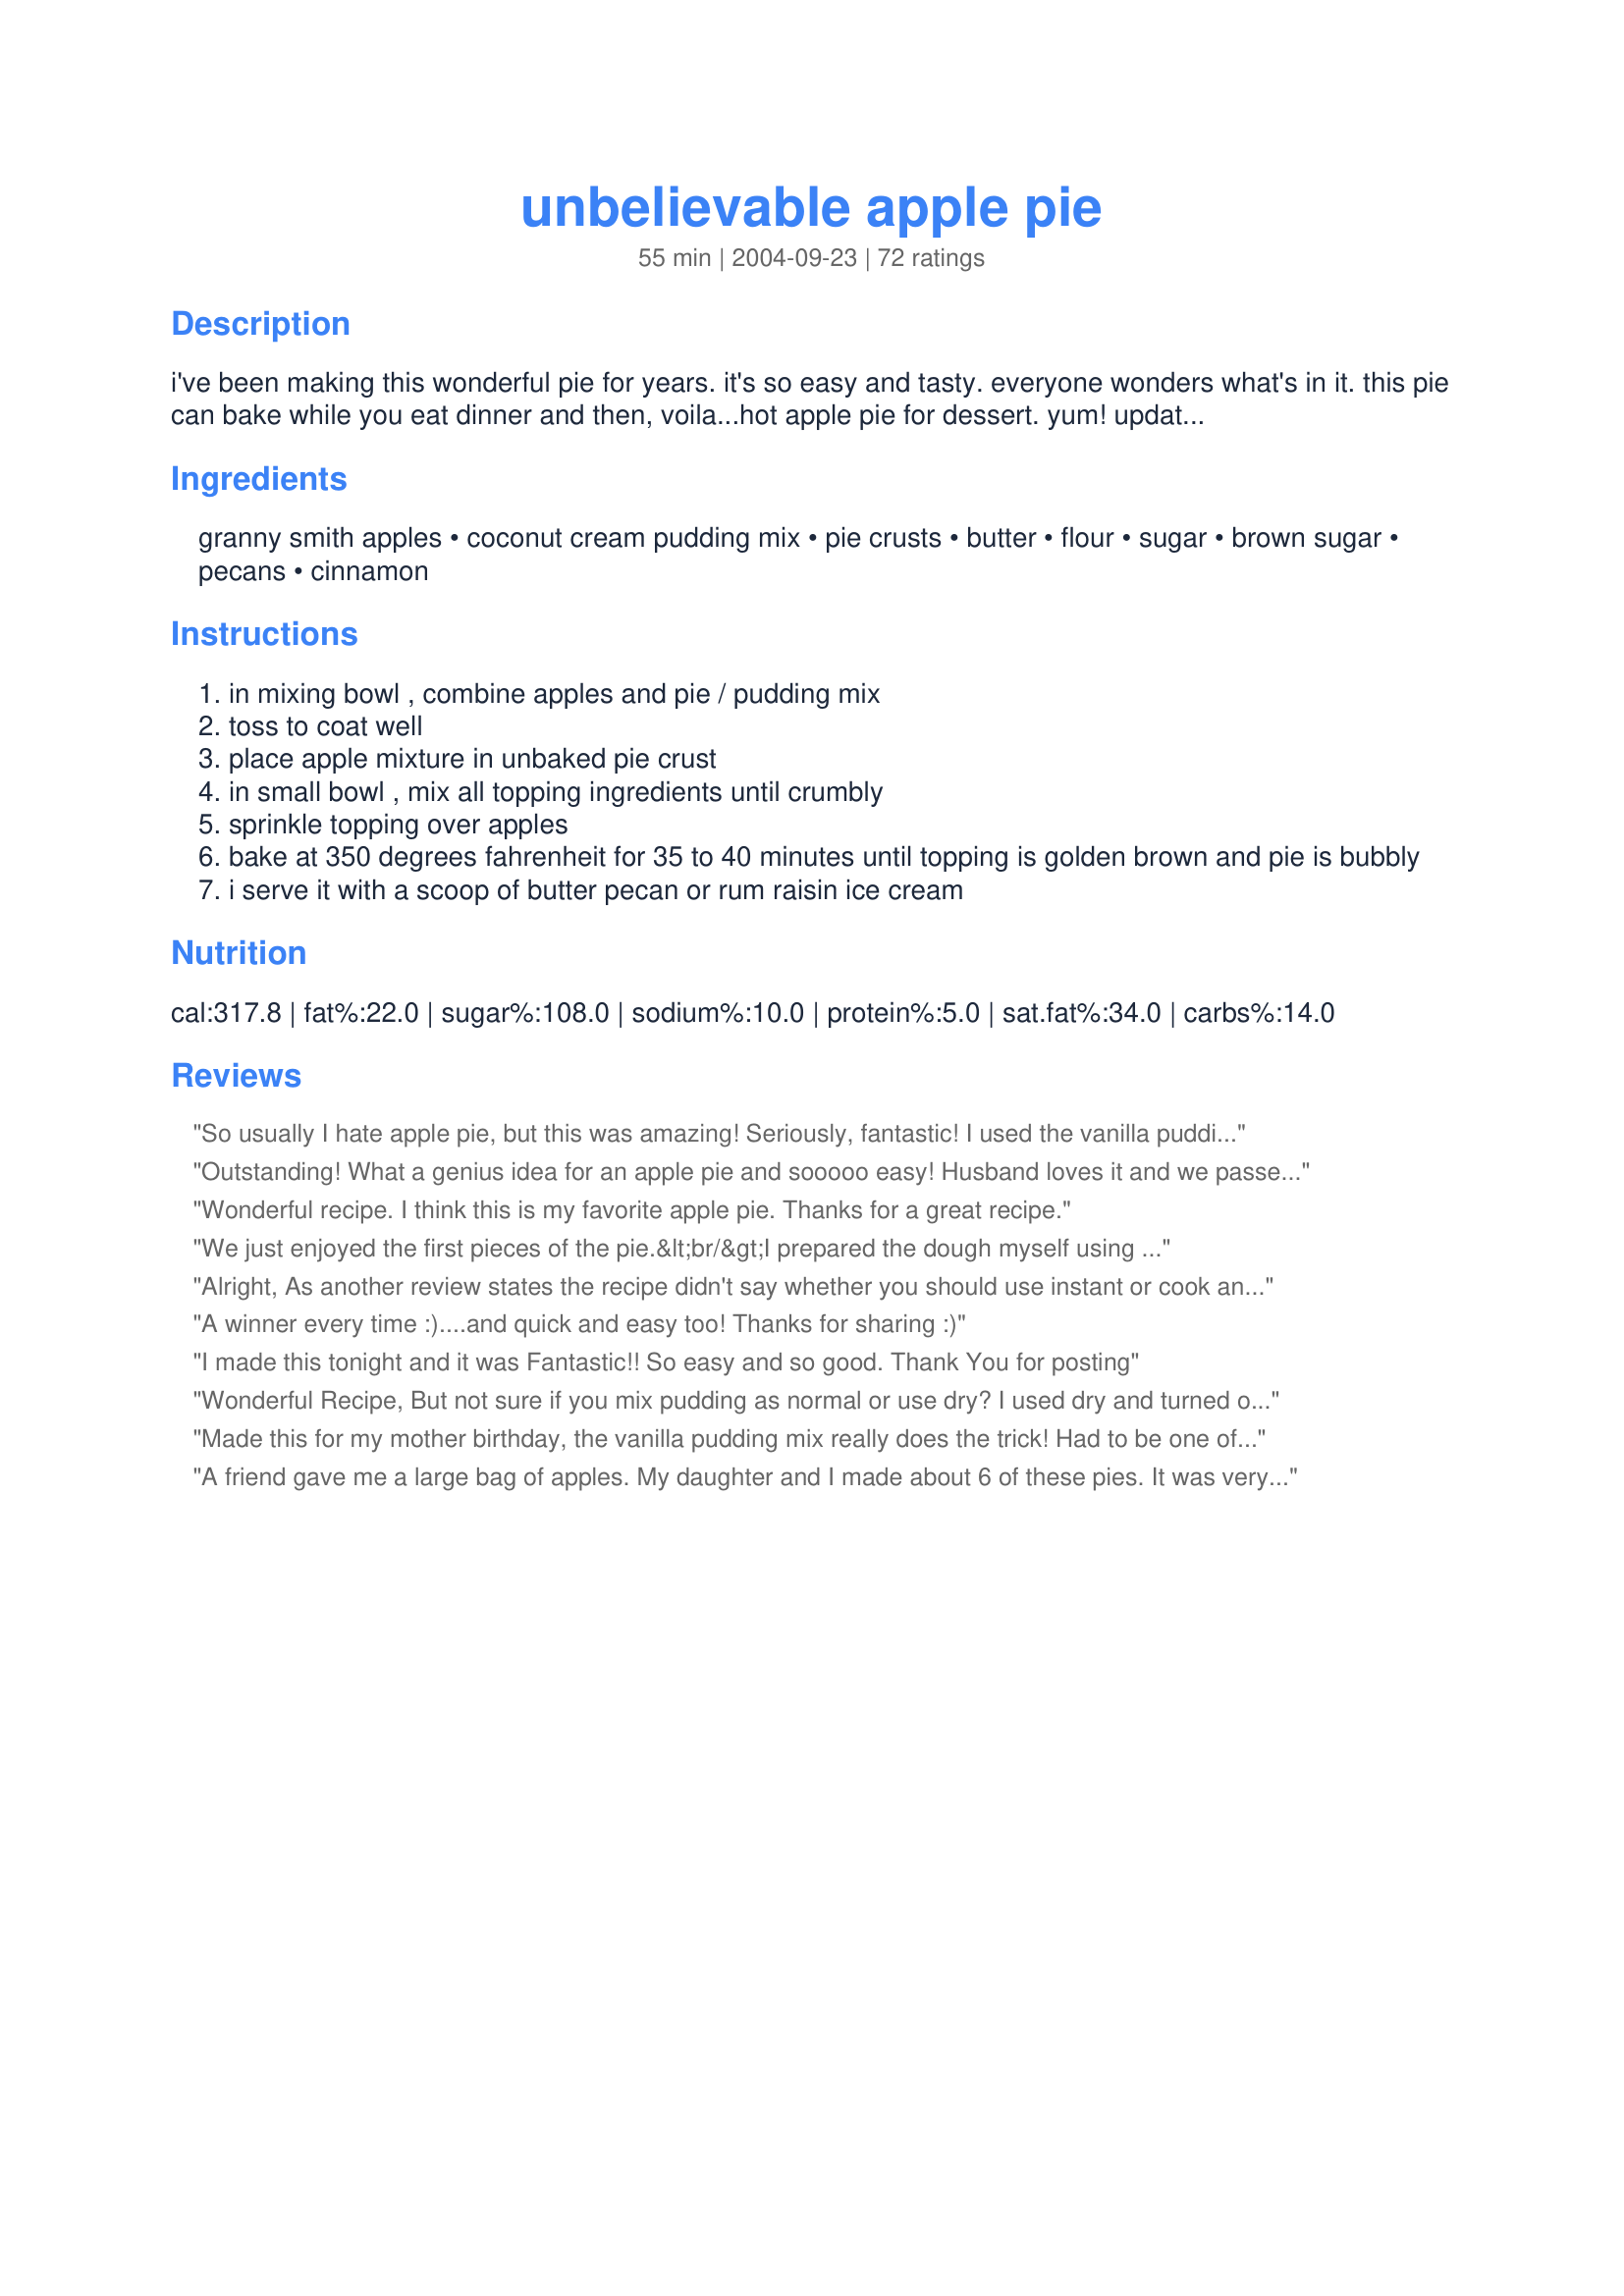
unbelievable apple pie
Preparation time: 55 minutes

i've been making this wonderful pie for years. it's so easy and tasty. everyone wonders what's in it. this pie can bake while you eat dinner and then, voila...hot apple pie for dessert. yum!
update: i've been asked if instant pudding mix is ok--yes! when the recipe was published there was no instant; tried the instant in it--works fine! lol

Ingredients:
granny smith apples, coconut cream pudding mix, pie crusts, butter, flour, sugar, brown sugar, pecans, cinnamon

Steps:
in mixing bowl , combine apples and pie / pudding mix
toss to coat well
place apple mixture in unbaked pie crust
in small bowl , mix all topping ingredients until crumbly
sprinkle topping over apples
bake at 350 degrees fahrenheit for 35 to 40 minutes until topping is golden brown and pie is bubbly
i serve it with a scoop of butter pecan or rum raisin ice cream

Reviews:
So usually I hate apple pie, but this was amazing! Seriously, fantastic! I used the vanilla pudding and butter pecan ice cream-SO GOOD! My darling man loved it too!
Outstanding! What a genius idea for an apple pie and sooooo easy! Husband loves it and we passed recipe on to all of our family and friends. Thanks so much!
Wonderful recipe. I think this is my favorite apple pie. Thanks for a great recipe.
We just enjoyed the first pieces of the pie.&lt;br/&gt;I prepared the dough myself using half spelt and half wheat flour. The apples where from the garden and I had some vanilla pudding mix to use. I arranged the coated apples like tart and topped with the crumble enriched with walnuts. &lt;br/&gt;This was really a good apple pie, crunchy outside and fresh in the center.&lt;br/&gt;Thanks a lot for this delicious tart!
Alright, As another review states the recipe didn't say whether you should use instant or cook and serve pudding, so my mother and I tried it both ways. I used an instant butterscotch and my mother used a cook and serve vanilla pudding. Both turned out just fine. The cook and server version did make the pie more solid, where the instant was a bit loose. I added a bit of oats to my topping mix, for some added texture. 

I also used the pudding mix in an apple crisp recipe with great results. The butterscotch gave the apples a caramel taste. 

All in all this recipe was great. Thanks for posting a keeper with endless possiblities. Thanks
A winner every time :)....and quick and easy too! Thanks for sharing :)
I made this tonight and it was Fantastic!! So easy and so good. Thank You for posting
Wonderful Recipe, But not sure if you mix pudding as normal or use dry? I used dry and turned out ok but just wondering if I did it correct or do you mix pudding with milk on box? Or use dry over the apples not mixed up??? Very Confused> ?? Thanks, Nick
Made this for my mother birthday, the vanilla pudding mix really does the trick! Had to be one of the best apple pies I have made.
A friend gave me a large bag of apples. My daughter and I made about 6 of these pies. It was very easy to follow and very good. The coloring looks a little odd but the taste is great. I tried regular vanilla and french vanilla pudding and thought the french vanilla pudding tasted better. Great recipe for kids to follow.
I tried it and it didn&#039;t work out good it was very off. When it came out of the oven it look not very appetizing. It was for fathers day I should have made pecan pie I wish it would have worked out better. :(
What's not to like. It is easy to make and the variety of contents is unlimited. Gave one to our very dear neighbors and within an hour she was begging for the recipe. You are a talented Lady.
I was disappointed in this pie - it was very dry. maybe a different apple
Used cook and serve Butterscotch for the Carmel flavor as many reviews wanted to try. My apples I sliced and froze in apple pie spices/sugar so they were already yummy but wanted to try adding the box of dry pudding mix to see what happened. Plus several reviews suggested adding cinnamon so I thought with all that sugar it has to be good! One friend who doesn&#039;t like pie even liked it. I will keep as a recipe to switch things up.
This apple pie is the easiest to make, KC Cooker is right it is between an apple crisp and cobbler. I prepared two of these pies well in advance, for Sunday night dinner dessert, using French vanilla pudding mix, and served them with vanilla icecream, I had rave reviews from everybody! This is a fantastic apple pie recipe, and one that will be a repeater for sure, thanks so much for sharing this recipe Caroline!...Kitten:)
This was tasty. Mine was a bit runny however, but that could be because I used gala apples instead of granny smiths. The crumb topping was really good!
this was just ok for me. thought the pudding made it a little wierd, definitely nothing like a classic apple pie if that's what you're looking for.. probably won't make it again.
Super easy and very good. Made with apples, butterscotch (sugar-free) pudding mix. Made with no pie crust! like a very tasty apple crisp. Replaced the white sugar with Splenda but kept the brown sugar for flavor.
Great pie and so easy to make! I used Recipe #51537 for the crust and followed the directions to the pie exactly. By reading the reviews, I guess I was lucky to find the coconut cream pudding mix in my store. I think I will buy several boxes next time I'm at the store, just to have them on hand for this pie. Thanks Caroline Cooks for a great pie recipe!
I would give this "umteen stars!! :-) It is without a doubt the best apple pie ever. I usedit in one of my cooking classes. (Continuing Ed. for Senior at the university here)They all went wild over this pie. Now I cann't find any coconut creme pudding at the store, because they all ran out and cleaned out the shelves! LOL Thanks sooo much for such a great recipe! Ingrid/Koechin
This is my 2nd review. Again, THIS IS GREAT! I've only made it like others with vanilla pudding. I've searched everywhere for the french vanilla & coconut cream. Could not find either. I finally called the 800 Jell-o #. I was told that the french vanilla pudding has been discontinued in their non instant products. The coconut cream is still being made but is seasonal. I've checked many a grocery store but have not found it yet. Again, a great pie using the regular vanilla! Just thought you'd all like to know!
made it yesterday and it was "unbelievable" good.Gonna make it next time with pears.Think it would be very good with any kind of fruit.
My family and I liked the pie, but the texture is mushy and strange for an apple pie. It is less of a fruit pie and more of an â€œapple puddingâ€� pie.
Yummo! What a clever way to do a nice creamy apple pie! Loved how easy it was. I ran just a little short on my butter for the crumb topping so mines a bit dry but it's just delicious so don't think it's altered the flavor in the slightest. Made for my Sweet Caroline (PAC baby Spring 2010). Hugs, Mommy PAC
Made this this morning but because all I could find were 6 serving size (weight over 6 ounces) puddings, maybe thats all we get now in Canada, I had to use more apples. 6 large Granny Smith apples and diced to make 8 cups of apples. I used 2 foil pie pans about 9". I didn't double the topping as that seemed enough. It worked out fine. I used the coconut pudding mix. The filling was just the right consistency.
This makes a beautiful apple pie. I used plain vanilla pudding (it was all I had) and everyone who had a piece remarked on how tasty it was. Even those who claimed they didn't like apple pie! Thanks for a quick, easy recipe!
I really didn't know if I would like this apple pie, but I loved it! It really is unbelievable. It was hard for me not to add anything to the apple filling other than the vanilla instant pudding, but I resisted! I didn't have to be worried because the baked pie turned out wonderful. The topping is just perfect, too. I will use this recipe again when I don't want to take a lot of time. As I often do with one-crust pies, I used "Recipe#51537". Thanks for posting!
Absolutely delicious! I made it for work and everyone loved it. I used the french vanilla but next time I am going to try the butterscotch. I'm hoping it will taste like a caramel apple. I have a large pyrex pie plate so I needed to use about 6 cups of apples but the one package of pudding mix was still enough to set the contents of the pie. Highly recommend this recipe.
I'm sorry to say that I was disappointed in this pie. First, the juices were quite runny, even though we didn't cut into the pie for hours after it had baked. Second the juices are an unsightly egg-yolk yellow color. I'm guessing that I got the ratio of apples to pudding mix wrong, but 2-3 cups of sliced apples don't even make a dent in filling up a 9" pie plate. (I checked and my pyrex pie plate does say 9" on the bottom.) I ended up adding about 7 cups of apples to achieve a nicely rounded pie. Since I had extra apples, I used the 4.6 oz size vanilla pudding mix, not instant. If I tried again, I would use two 3 .5 oz pkgs for this size pie. On the plus side, the topping was attractive and delicious. Thank you for the recipe Caroline.
I was surprised at how good this pie came out with how easy it is to make. I only had butterscotch pudding on hand and while my son commented on the color (he thought I added pumpkin) he and everyone else agreed it is a make it again pie.
I'm not much of an apple pie girl, but it's DH's favorite so I occasionally make one for him. I thought I'd try this version based on reviews and its simplicity - so glad I did! DH loved it and requested that I use this recipe from now on. I used a box of French vanilla pudding mix, which did turn the color a strange nuclear-reactor yellow, but hey, it tasted great! My 4-year-old helped make it, so you know it's easy. Thanks for the great recipe!
Excellent!!!.I've made this twice now..my brother loves this!!...so easy too!!
Great apple pie!! definitely not the traditional apple pie but in a good way. <br/>I have a gas oven and next time i make this pie i will lower the temp and cook a little longer, my apples weren't completely done and if i would have left it in my topping would have burned.
My pie is in the oven right now and I'm reading the reviews....most of them 5 star. <br/>I followed the recipe and should have used some commom sense and NOT melted the butter. The topping came out a gooey mess. Had to do it again. Only one reviewer mentioned that. Should have read the reviews before I made the pie. I'm anxious to try it... UPDATE:<br/>It came out delicious...I was a doubting tomas especially after the topping problem but after that was remedied somehow soon after it came out of the oven half of it mysteriously disappeared.
Loved it!!! I really need to get my oven looked at, the apples were still a bit crunchy. Or, maybe the place I bought them? Either way, very yummy. I have another crust and another box of pudding. Obviously I finish this one, then bake another? (sounded good to me!)
I'm having a tough time rating this one. To be honest, everyone who had a piece of this pie found it delicious, but I was concerned when I saw what it looked like when I took it out of the oven. It didn't look anything like the picture and the topping was all granular and un-pielike. After reading some of the other reviews I'm sure I must have screwed something up. I remember not preheating the oven very long and substituting regular sugar for brown sugar. Other than that I did exactly as directed. It didn't matter in the end because my guests loved it in spite of its appearance. I served it with an assortment of ice cream and though I do have leftovers I'm confident that their praise wasn't (only) out of politeness. I'll try this again and I hope to get it right next time! Thanks for the recipe!
I am hooked this is my most favorite apple pie ever!!! I just made my second one to take to dinner tonight at my brothers. I know they will all feel the same. I am taking copies of the recipe with me. That's how GOOD this pie is :)
I am only giving it 4 stars because for some reason I cannot get this pie to hold together. Every time I make it, it has more of an Apple cobbler texture. It completely falls apart. The taste is amazing though, and the pie was gone in no time, I added some cinnamon and some nutmeg, and it helped with color and flavor. If someone could please tell me how to keep my pie from falling apart that would be great. . . this is an awesome pie and I will continue to make it despite the falling apart aspect.
Very, very good pie. My DS-6 wanted to make an apple pie and I am not a baker. This recipe made it easy for a non-baker and a small fry to make a great dessert. I really like the crumbly topping. Seems like the apples + pudding would make great applesauce too!
This is not a pie for apple lovers. I made the pie with instant french vanilla pudding, the texture was good and creamy but the color was bright yellow. There was a artificial after-taste, which may not be there with a cook and serve? My husband loves pudding but he didn't like the pie. I won't make this again, this is not an apple pie recipe.
This was a tasty pie but reeeally sweet. Also, the recipe didn't state what kind of pudding mix, so I used instant. Turned out just fine. I made two pies - one with French vanilla and one with pistachio pudding. The pistachio was my favorite. But be careful: it turns out bright green and my husband thought I had made an avacado pie. LOL!
Made this with coconut pudding. My DH loved it. I gave it 4 stars because I really prefer a traditionally made apple pie (filling thickened with a bit of flour or tapioca). Making another today using instant vanilla pudding. Maybe I'll like a bit more neutral flavor. But this is easy and quick to make with ingredients I always have on hand (I keep a pkg of Marie Callender's frozen pie crusts at all times). don't always have time to make scratch crust. I really like this crunchy topping!
One of my goals after my Dear Sweet pie making Mother passed away was to become a pie maker. She would be proud, this recipe makes it really easy and truly wonderful. To bad she didn't know about this. I love it and she would have too. Thanks a million.
Had to try this, but I don't plan on making it again. For me, the texture was odd, sort of gummy. Apples were quite tart.
This is great Apple Pie!
All I had on hand was Banana cream pudding mix and I was worried that it would taste strange, but my family loved it !
 I will definitely make it again.
thank you for posting this wonderful recipe.
My husband really liked this. I used the vanilla pudding mix. So easy to make.
OMG I can't keep my fork out of this pie. I cannot believe something so easy can be so delish. Hubby said " This is the best apple pie i ever had" so long Mrs. Smith.
Delicious! I used regular vanilla pudding mix, too, as they didn't have French vanilla or coconut cream, and it turned out great. I also only made half the topping and thought it was plenty for this pie. And I used a little more apples than called for (3-4 cups) because we like lots of apples. My husband said it may be his favorite apple dessert! Definitely a keeper. I'm thinking about experimenting with different pudding flavors and maybe other fruits, too (peaches? blueberries?) -- it seems like this could be easily adapted to other variations. Thanks, Caroline, for a great recipe!
I really liked this apple pie and normally I am not a fan. I used 3 apples ( granny smiths) and it filled my pillsbury crust nicely. I also went with the coconut pudding and the flavors went together so well and for the first time no running! I think the only thing I would change would be to prebake the crust for a few minutes first ( the bottom was a little white) and to only use half the topping. This really was easy and delicious! Thanks :)
OMG YUMMO! This was the best pie this freak has ever PIGGED OUT on! Oink Oink LOL. Me and my Hubyb Steve absolutely freaked when this came out of the oven hot and steamin'. We didn't even wait for it to cool down. One minute it was there and then the next it was in Stevie TUMMY TUM TUM! He made me make another one right away for his big work meeting the next day (he works in construction). Anyhow, Steve said the boys at work all loved it and there was practically a fistfight over the last piece! LOL Boys will be boys! And pie freaks will be pie freaks ;)
This was very nice. A wonderful change from the ordinary apple pie. Mine was a little watery, but that's my fault....too many apples isn't necessarily a good thing :) Loved the flavour with the coconut pudding. The only size I was able to get was for 6 servings, so that's why I increased the apples. Next time (and there will be a next time) I'll use the 6 serving size with the specified amount of apples. Thanks Caroline for a wonderful recipe
I'm changing my review to 5 stars. I made this again last night, but used different apples. The last apples used were from someone's tree and they weren't very good. This time I used granny smith and this pie turned out perfect! Again, I didn't use the topping, but put another pie crust on top. This is aces!
I used only the topping for my own apple pie recipe, but I must say, the topping really made the pie. The topping would even be delicious if you rolled caramel apples in it. Thanks for the recipe!
We loved this! Will definitely be making this again!!!!!
Made this for Thanksgiving. There was some grumbling because this wasn't the traditional 2 crust pie. Once someone tried it though, the apple pies vanished - way ahead of the pumpkin! I used frozen apples from the backyard tree (of undetermined variety), oil-based crust, and French vanilla instant pudding.
Very yummy pie. I used Ida Red apples, and Vanilla pudding. I have the theory, if your making one, it's just as east to make two. So I brought the 2nd pie into work and I bet I passed out 10 copies of the recipe. While looking for the pudding, my store also carries a cheesecake flavor. I did buy that flavor to try at Thanksgiving. Thank you for sharing this easy, but delicious recipe.
This is very very yummy, but be warned, it screams to have ice cream on it! I used a regular vanilla pudding mix and sliced almonds instead of the pecans, because that's what I had available. I also used a combo of Jersy Mac and some other type of apples that I had. The pudding mix not only tastes great with the apples, it thickens the juices from the apples so that the pie isn't runny. Thanks for sharing this recipe Caroline.
This was sooo good! I could only find the regular vanilla pudding and it came out great. The smell was so enticing that we just had to dig in before it even cooled off. Can't wait to try it with other pudding mixes and maybe ice cream or cool whip as well. I left out the nuts because of DHs extreme allergy. This was one great pie. Thanks for posting; it'll be a regular for the holidays for sure.
This really is unbelievable apple pie! I used plain vanilla pudding mix because my store was out of the French Vanilla. Delicious! It is almost like a mix between apple pie and apple crisp or cobbler. Thanks for posting this great recipe! I love it!
This is a very good pie. So easy to make. Will be making it again. Thanks for posting.
Fabulous! Made it last night for company and everyone loved it. I was told by my son-in-law it's the best apple pie he's ever eaten, and I agree. It was a big hit. I loved how easy it was. My only suggestions would be to make sure your apples are not too thick (1/2" or less)because of the shorter cook time and I think more butter is needed in the crumble topping. When I pulled mine out there was still dry mixture so I had to dot with more butter and put it back in the oven 5 mins. Oh yeah, I used the French Vanilla Pudding. This is the only apple pie recipe for me now! Thanks for posting!!
I must be luckier than other reviewers. Coconut Cream pudding is readily available here, and made an outstanding pie. I did cut the topping ingredients in half, which easily and entirely covers a 9 inch pie. It just seemed like a lot of topping. We loved it--thanks Caroline Cooks!
Delish...wonderful...what else can I say...A big winner in my house...
YUM-MY! My husband is a big apple pie guy and said this was my best one yet. :) I actually used banana cream pudding because I didn't have any other kinds at home. It was great! I picked apples off of our tree and came in and made this. What a treat.
I am not a fan of apple pie and I am not a pie-maker. I&#039;m a cake lady, but this pie makes me look like I know pies, too. My family and I have enjoyed it several times with ice cream on top, of course.
This was fantastic! I used french vanilla pudding mix, and my co-worker used coconut cream. Both were delicious. My husband and I ate 3/4 of the pie in one sitting... oops :)

BTW, the butter for the topping should be softened, not melted. Otherwise you end up with a goopy mess that you kind of have to smear on top. Although it still tastes delicious.

Thanks for a great recipe we'll be making again and again!
Easy and delicious...what more do you want???
I can only echo the other reviews - easy & delicious! I used regular vanilla pudding, chopped walnuts as I was out of pecans & added a dash of nutmeg. I would scale the topping in half next time - or make 2 pies. Thanx Caroline!
I won't rate this, it was good but not to our taste, I guess we just prefer the classic apple pie. Not that we aren't eating it! But I do have one suggestion: throw in a tsp. or so of cinnamon with the apples and pudding mix (I didn't, might have liked it better if I had.) It helps with the color and the flavor. Also used more apples, had to fill the 9" pie plate, thus had to bake longer. Had to try it because of the unusual ingredients. Caroline, thanks for posting, it was well worth a try! . . . Janet
The only change I made was to use butterscotch pudding and ambrosia apples
think this recipe a little incipid and bland would not waste ingredients on it!
very tasty and the easiest apple pie I have made. Just used pain vanilla mix and did not bother melting butter for the top -just mixed it up with flour.So quick to do-will make again-thankyou!!
